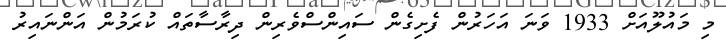
މި މައުލޫއަށް 1933 ވަނަ އަހަރުން ފެށިގެން ސައިންސްވެރިން ދިރާސާތައް ކުރަމުން އަންނައިރު